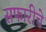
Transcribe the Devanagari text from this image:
सफारीचे